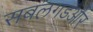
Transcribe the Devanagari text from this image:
सबलगडऔर